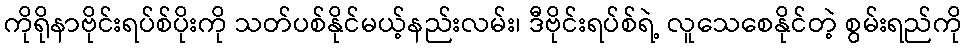
ကိုရိုနာဗိုင်းရပ်စ်ပိုးကို သတ်ပစ်နိုင်မယ့်နည်းလမ်း၊ ဒီဗိုင်းရပ်စ်ရဲ့ လူသေစေနိုင်တဲ့ စွမ်းရည်ကို